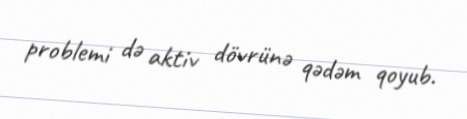
problemi də aktiv dövrünə qədəm qoyub.